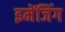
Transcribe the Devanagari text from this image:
इमेंजिंग